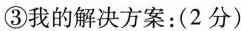
③我的解决方案：(2分)